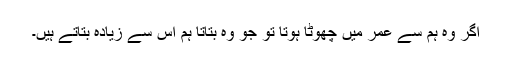
اگر وہ ہم سے عمر میں چھوٹا ہوتا تو جو وہ بتاتا ہم اس سے زیادہ بتاتے ہیں۔